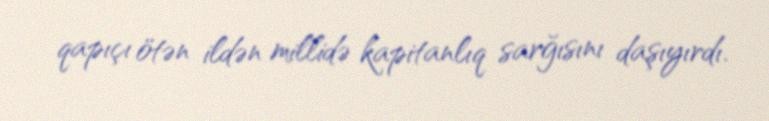
qapıçı ötən ildən millidə kapitanlıq sarğısını daşıyırdı.